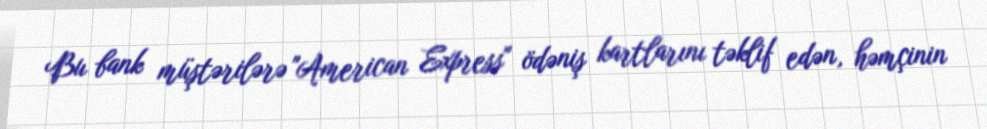
Bu bank müştərilərə "American Express" ödəniş kartlarını təklif edən, həmçinin